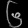
Digit: ၆